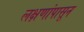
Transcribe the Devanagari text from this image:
लक्षणांपासून